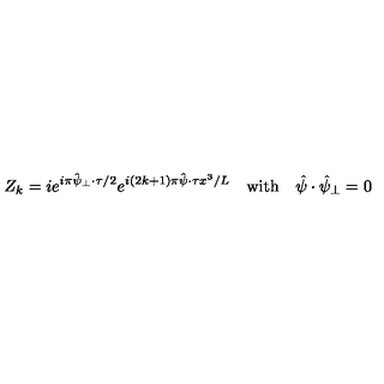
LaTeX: Z _ { k } = i e ^ { i \pi \mathrm { \boldmath \hat { \scriptstyle \psi } \scriptstyle _ { \perp } } \cdot \mathrm { \boldmath \scriptstyle \tau } / 2 } e ^ { i ( 2 k + 1 ) \pi \mathrm { \boldmath \hat { \scriptstyle \psi } } \cdot \mathrm { \boldmath \scriptstyle \tau } x ^ { 3 } / L } \quad \mathrm { w i t h } \quad \mathrm { \boldmath \hat { \psi } } \cdot \mathrm { \boldmath \hat { \psi } _ { \perp } } = 0